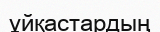
ұйқастардың